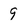
Character: 9